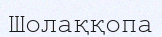
Шолаққопа